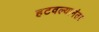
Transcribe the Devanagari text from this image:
हटवल्यानंतर